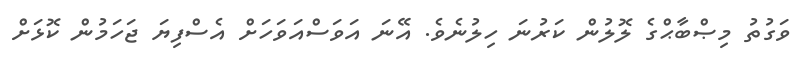
ވަގުތު މިޞްބާޙްގެ ލޮލުން ކަރުނަ ހިލުނެވެ. އޭނަ އަވަސްއަވަހަށް އެސްފިޔަ ޖަހަމުން ކޮޅަށް